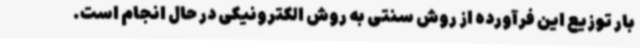
بار توزیع این فرآورده از روش سنتی به روش الکترونیکی در حال انجام است.